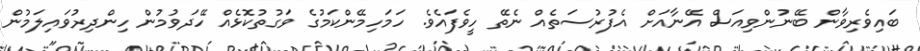
ބައިވެރިވާން ބޭނުންވިއަސް އޭނާއަށް އެފުރުސަތެއް ނެތޭ ހީވެފައެވެ. ހަމަހިމޭންކަމުގެ ވަގުތުކޮޅެއް ހޭދަވުމުން ހިންދިރުވައިލަމުން